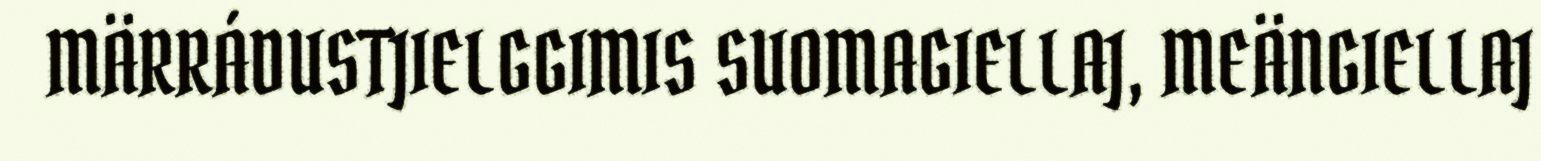
MÄRRÁDUSTJIELGGIMIS SUOMAGIELLAJ, MEÄNGIELLAJ